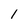
Character: 1